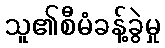
သူ၏စီမံခန့်ခွဲမှု